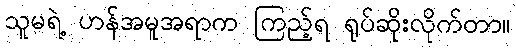
သူမရဲ့ ဟန်အမူအရာက ကြည့်ရ ရုပ်ဆိုးလိုက်တာ။